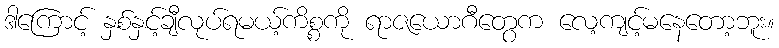
ဒါကြောင့် နှစ်နှင့်ချီလုပ်ရမယ့်ကိစ္စကို ရာဇယောဂီတွေက လေ့ကျင့်မနေတော့ဘူး။